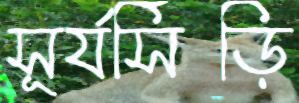
সূর্যসিঁড়ি